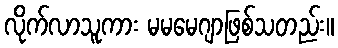
လိုက်လာသူကား မမမေဂျာဖြစ်သတည်း။